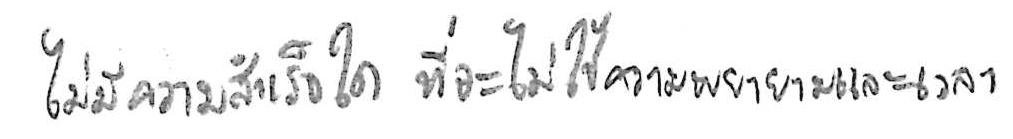
ไม่มีความสำเร็จใด ที่จะไม่ใช้ความพยายามและเวลา